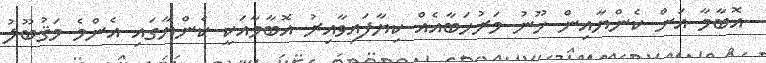
އޮބާމާ އަށް ކެންޔާއިން ހޫނު މަރުހަބާއެއް ކިޔާފައިވާއިރު އޮބާމާއަކީ ކެންޔާގައި އެންމެ މަޤުބޫލު